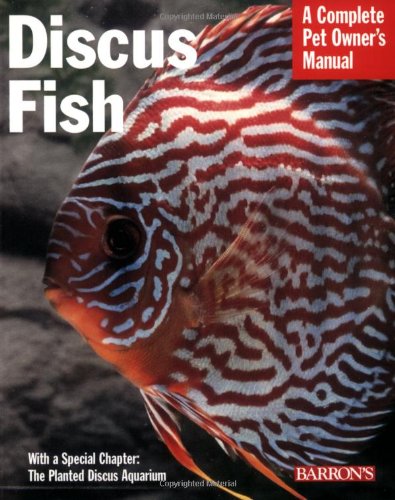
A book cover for Discus Fish (Complete Pet Owner's Manual); Thomas A. Giovanetti & Oliver Lucanus; Crafts, Hobbies & Home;